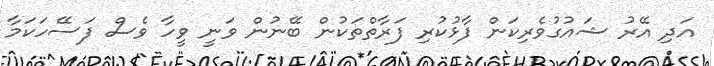
އަދި އޭރު ޝައުގުވެރިކަން ފާޅުކުރި ފަރާތްތަކުން ބޭނުން ވަނީ ވީހާ ވެސް ފަސޭހަކަމާ